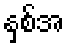
နှစ်အ